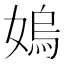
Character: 𡠄